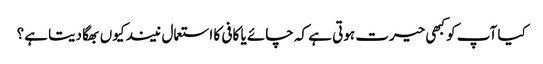
کیا آپ کو کبھی حیرت ہوتی ہے کہ چائے یا کافی کا استعمال نیند کیوں بھگا دیتا ہے؟